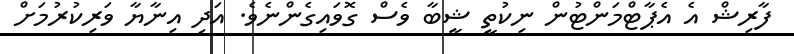
ފާރިޝް އެ އެޕާޓްމަންޓުން ނިކުތީ ޝީބާ ވެސް ގޮވައިގެންނެވެ. އަދި އިނާޔާ ވަރިކުރުމަށް